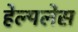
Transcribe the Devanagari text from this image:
हेल्पलेस